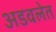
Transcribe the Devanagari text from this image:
अडवलेत